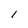
Character: I